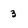
Character: 3